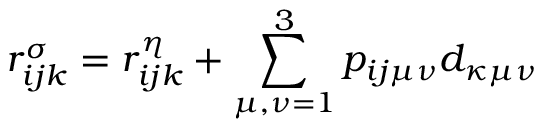
r _ { i j k } ^ { \sigma } = r _ { i j k } ^ { \eta } + \sum _ { \mu , \nu = 1 } ^ { 3 } p _ { i j \mu \nu } d _ { \kappa \mu \nu }